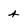
Character: 4